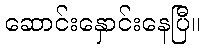
ဆောင်းနှောင်းနေပြီ။